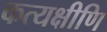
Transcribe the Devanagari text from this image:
कत्यक्षीणि